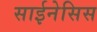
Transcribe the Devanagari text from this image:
साईनेसिस